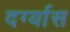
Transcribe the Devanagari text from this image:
दर्ग्यास